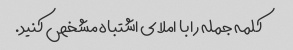
کلمه جمله را با املای اشتباه مشخص کنید.